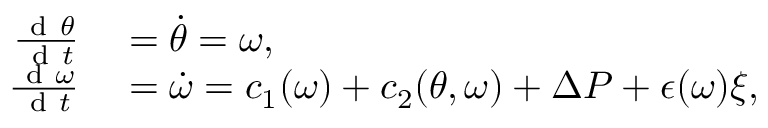
\begin{array} { r l } { \frac { \mathrm { ~ d ~ } \theta } { \mathrm { ~ d ~ } t } } & { { } = \dot { \theta } = \omega , } \\ { \frac { \mathrm { ~ d ~ } \omega } { \mathrm { ~ d ~ } t } } & { { } = \dot { \omega } = c _ { 1 } ( \omega ) + c _ { 2 } ( \theta , \omega ) + \Delta P + \epsilon ( \omega ) \xi , } \end{array}